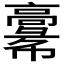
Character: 𩫚